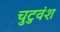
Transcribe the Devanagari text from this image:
चुटुवंश